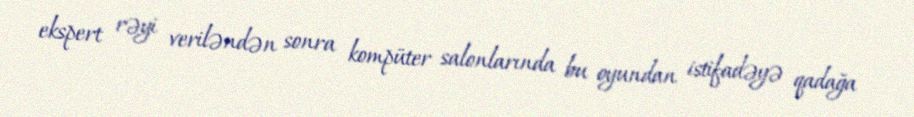
ekspert rəyi veriləndən sonra kompüter salonlarında bu oyundan istifadəyə qadağa